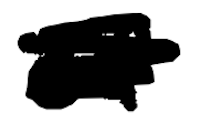
Text: of
Cross-out: scratch
Writing tool: digital_black